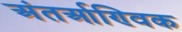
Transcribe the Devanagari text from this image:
अंतर्आण्विक